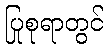
ပြုစုရာတွင်